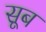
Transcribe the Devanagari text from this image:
सूब